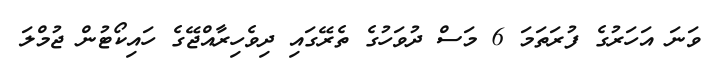
ވަނަ އަހަރުގެ ފުރަތަމަ 6 މަސް ދުވަހުގެ ތެރޭގައި ދިވެހިރާއްޖޭގެ ހައިކޯޓުން ޖުމްލަ